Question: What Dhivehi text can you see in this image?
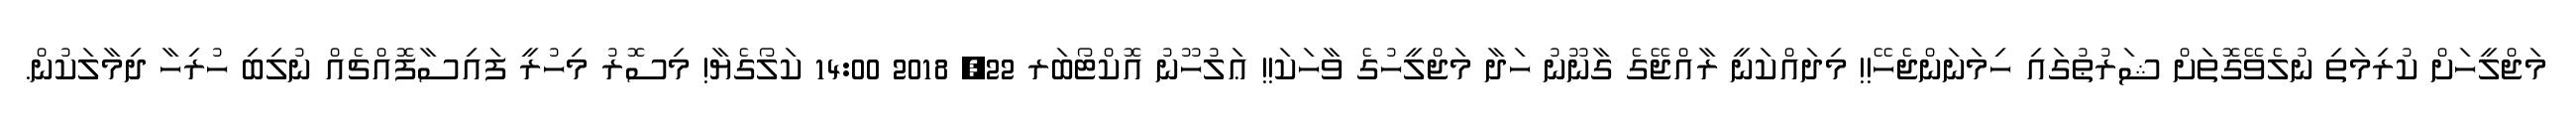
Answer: މަޖްލީހަށް ކުރިމަތި ނުލެވޭގޮތަށް ޝަރުޠުގައި ހިމަނަންޖެހޭ!! މިދައްކަނީ ރާއްޖޭގެ ގާނޫނު ހަދާ މަޖްލީހުގެ ވާހަކަ!! ޢަލުހޫނު އޮކްޓޯބަރ 22, 2018 14:00 ކަލޯގެޔާ! މިސޮރު މިހުރީ ފައިސާފޮއްޗެއް ނުލިބި ހުރިހާ ދިމާލަކުން.